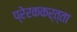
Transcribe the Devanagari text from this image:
प्रेरककर्त्ता